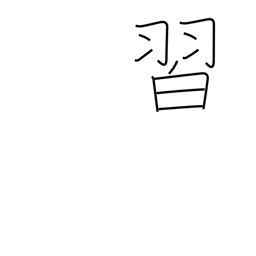
Meaning: learn